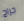
جراح